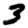
Digit: 3